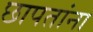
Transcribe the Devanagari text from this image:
छापतांना